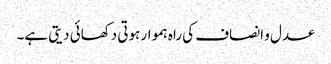
عدل و انصاف کی راہ ہموار ہوتی دکھائی دیتی ہے۔